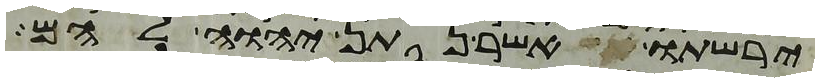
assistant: ירשתו אשר נתן יהוה להם